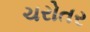
ચરોતર